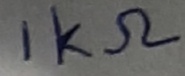
Text: 1KΩ